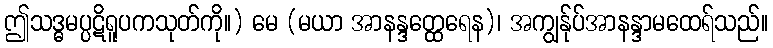
ဤသဒ္ဓမပ္ပဋိရူပကသုတ်ကို။) မေ (မယာ အာနန္ဒတ္ထေရေန)၊ အကျွန်ုပ်အာနန္ဒာမထေရ်သည်။